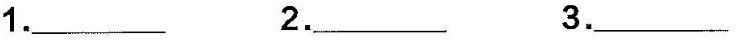
1.___ 2.___ 3. ___